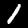
Digit: 1